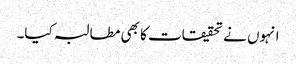
انہوں نے تحقیقات کا بھی مطالبہ کیا۔